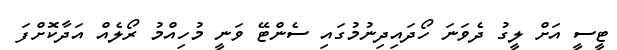
ޓީސީ އަށް ލީގު ދެވަނަ ހޯދައިދިނުމުގައި ސެންޓޭ ވަނީ މުހިއްމު ރޯލެއް އަދާކޮށްފަ